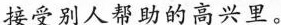
接受别人帮助的高兴里。